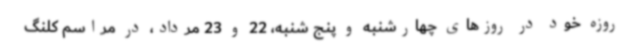
روزه خود در روزهای چهارشنبه و پنج شنبه، 22 و 23 مرداد، در مراسم کلنگ